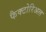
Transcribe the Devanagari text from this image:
फैक्टोरिअल